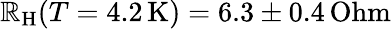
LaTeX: \mathbb{R}_{\mathrm{{H}}}(T=4.2\, \mathrm{{K}})=6.3\pm0.4\, \mathrm{{Ohm}}